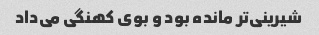
شیرینی‌تر مانده بود و بوی کهنگی می‌داد